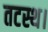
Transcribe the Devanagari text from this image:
तटस्थ।